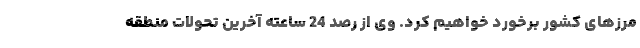
مرزهای کشور برخورد خواهیم کرد. وی از رصد 24 ساعته آخرین تحولات منطقه